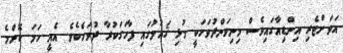
އަވަށްޓެރި އިންޑިއާގައިވެސް މިނިވަންދުވަހަކީ މުޅި ޤައުމުގައި ފާހަގަކުރާ ދުވަހެކެވެ. އެއީ ހަމަ ކޮންމެ